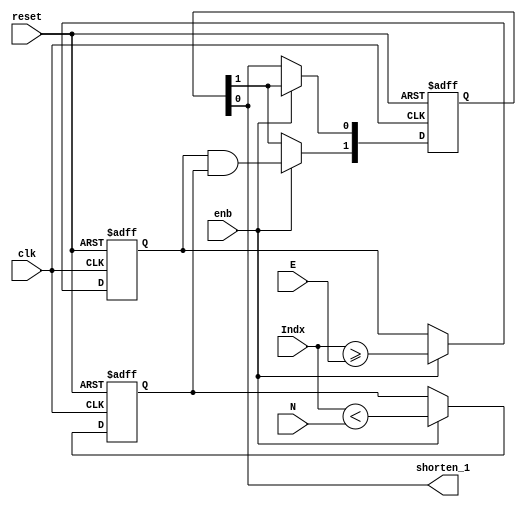
// -------------------------------------------------------------
// 
// 
// Generated by MATLAB 9.8 and HDL Coder 3.16
// 
// -------------------------------------------------------------


// -------------------------------------------------------------
// 
// Module: Shorten
// Source Path: NRPolarEncodeHDL/HDL Algorithm/NR Polar Encoder/configure/shortPunc/Shorten
// Hierarchy Level: 4
// 
// -------------------------------------------------------------

`timescale 1 ns / 1 ns

module Shorten
          (clk,
           reset,
           enb,
           E,
           N,
           Indx,
           shorten_1);


  input   clk;
  input   reset;
  input   enb;
  input   [9:0] E;  // ufix10
  input   [10:0] N;  // ufix11
  input   [9:0] Indx;  // ufix10
  output  shorten_1;


  wire GreaterThanOrEqual_relop1;
  reg  Delay_out1;
  wire [10:0] Less_Than_1_1;  // ufix11
  wire Less_Than_relop1;
  reg  Delay1_out1;
  wire AND_out1;
  reg  [0:1] Delay2_reg;  // ufix1 [2]
  wire [0:1] Delay2_reg_next;  // ufix1 [2]
  wire Delay2_out1;


  assign GreaterThanOrEqual_relop1 = Indx >= E;



  always @(posedge clk or posedge reset)
    begin : Delay_process
      if (reset == 1'b1) begin
        Delay_out1 <= 1'b0;
      end
      else begin
        if (enb) begin
          Delay_out1 <= GreaterThanOrEqual_relop1;
        end
      end
    end



  assign Less_Than_1_1 = {1'b0, Indx};
  assign Less_Than_relop1 = Less_Than_1_1 < N;



  always @(posedge clk or posedge reset)
    begin : Delay1_process
      if (reset == 1'b1) begin
        Delay1_out1 <= 1'b0;
      end
      else begin
        if (enb) begin
          Delay1_out1 <= Less_Than_relop1;
        end
      end
    end



  assign AND_out1 = Delay_out1 & Delay1_out1;



  always @(posedge clk or posedge reset)
    begin : Delay2_process
      if (reset == 1'b1) begin
        Delay2_reg[0] <= 1'b0;
        Delay2_reg[1] <= 1'b0;
      end
      else begin
        if (enb) begin
          Delay2_reg[0] <= Delay2_reg_next[0];
          Delay2_reg[1] <= Delay2_reg_next[1];
        end
      end
    end

  assign Delay2_out1 = Delay2_reg[1];
  assign Delay2_reg_next[0] = AND_out1;
  assign Delay2_reg_next[1] = Delay2_reg[0];



  assign shorten_1 = Delay2_out1;

endmodule  // Shorten